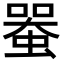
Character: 𧍨